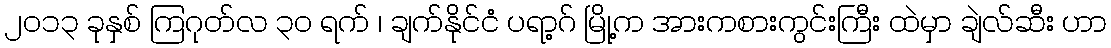
၂၀၁၃ ခုနှစ် ကြဂုတ်လ ၃၀ ရက် ၊ ချက်နိုင်ငံ ပရာ့ဂ် မြို့က အားကစားကွင်းကြီး ထဲမှာ ချဲလ်ဆီး ဟာ